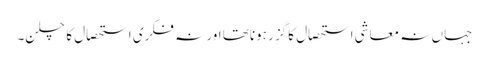
جہاں نہ معاشی استحصال کا گزر ہوناتھا اور نہ فکری استحصال کا چلن۔